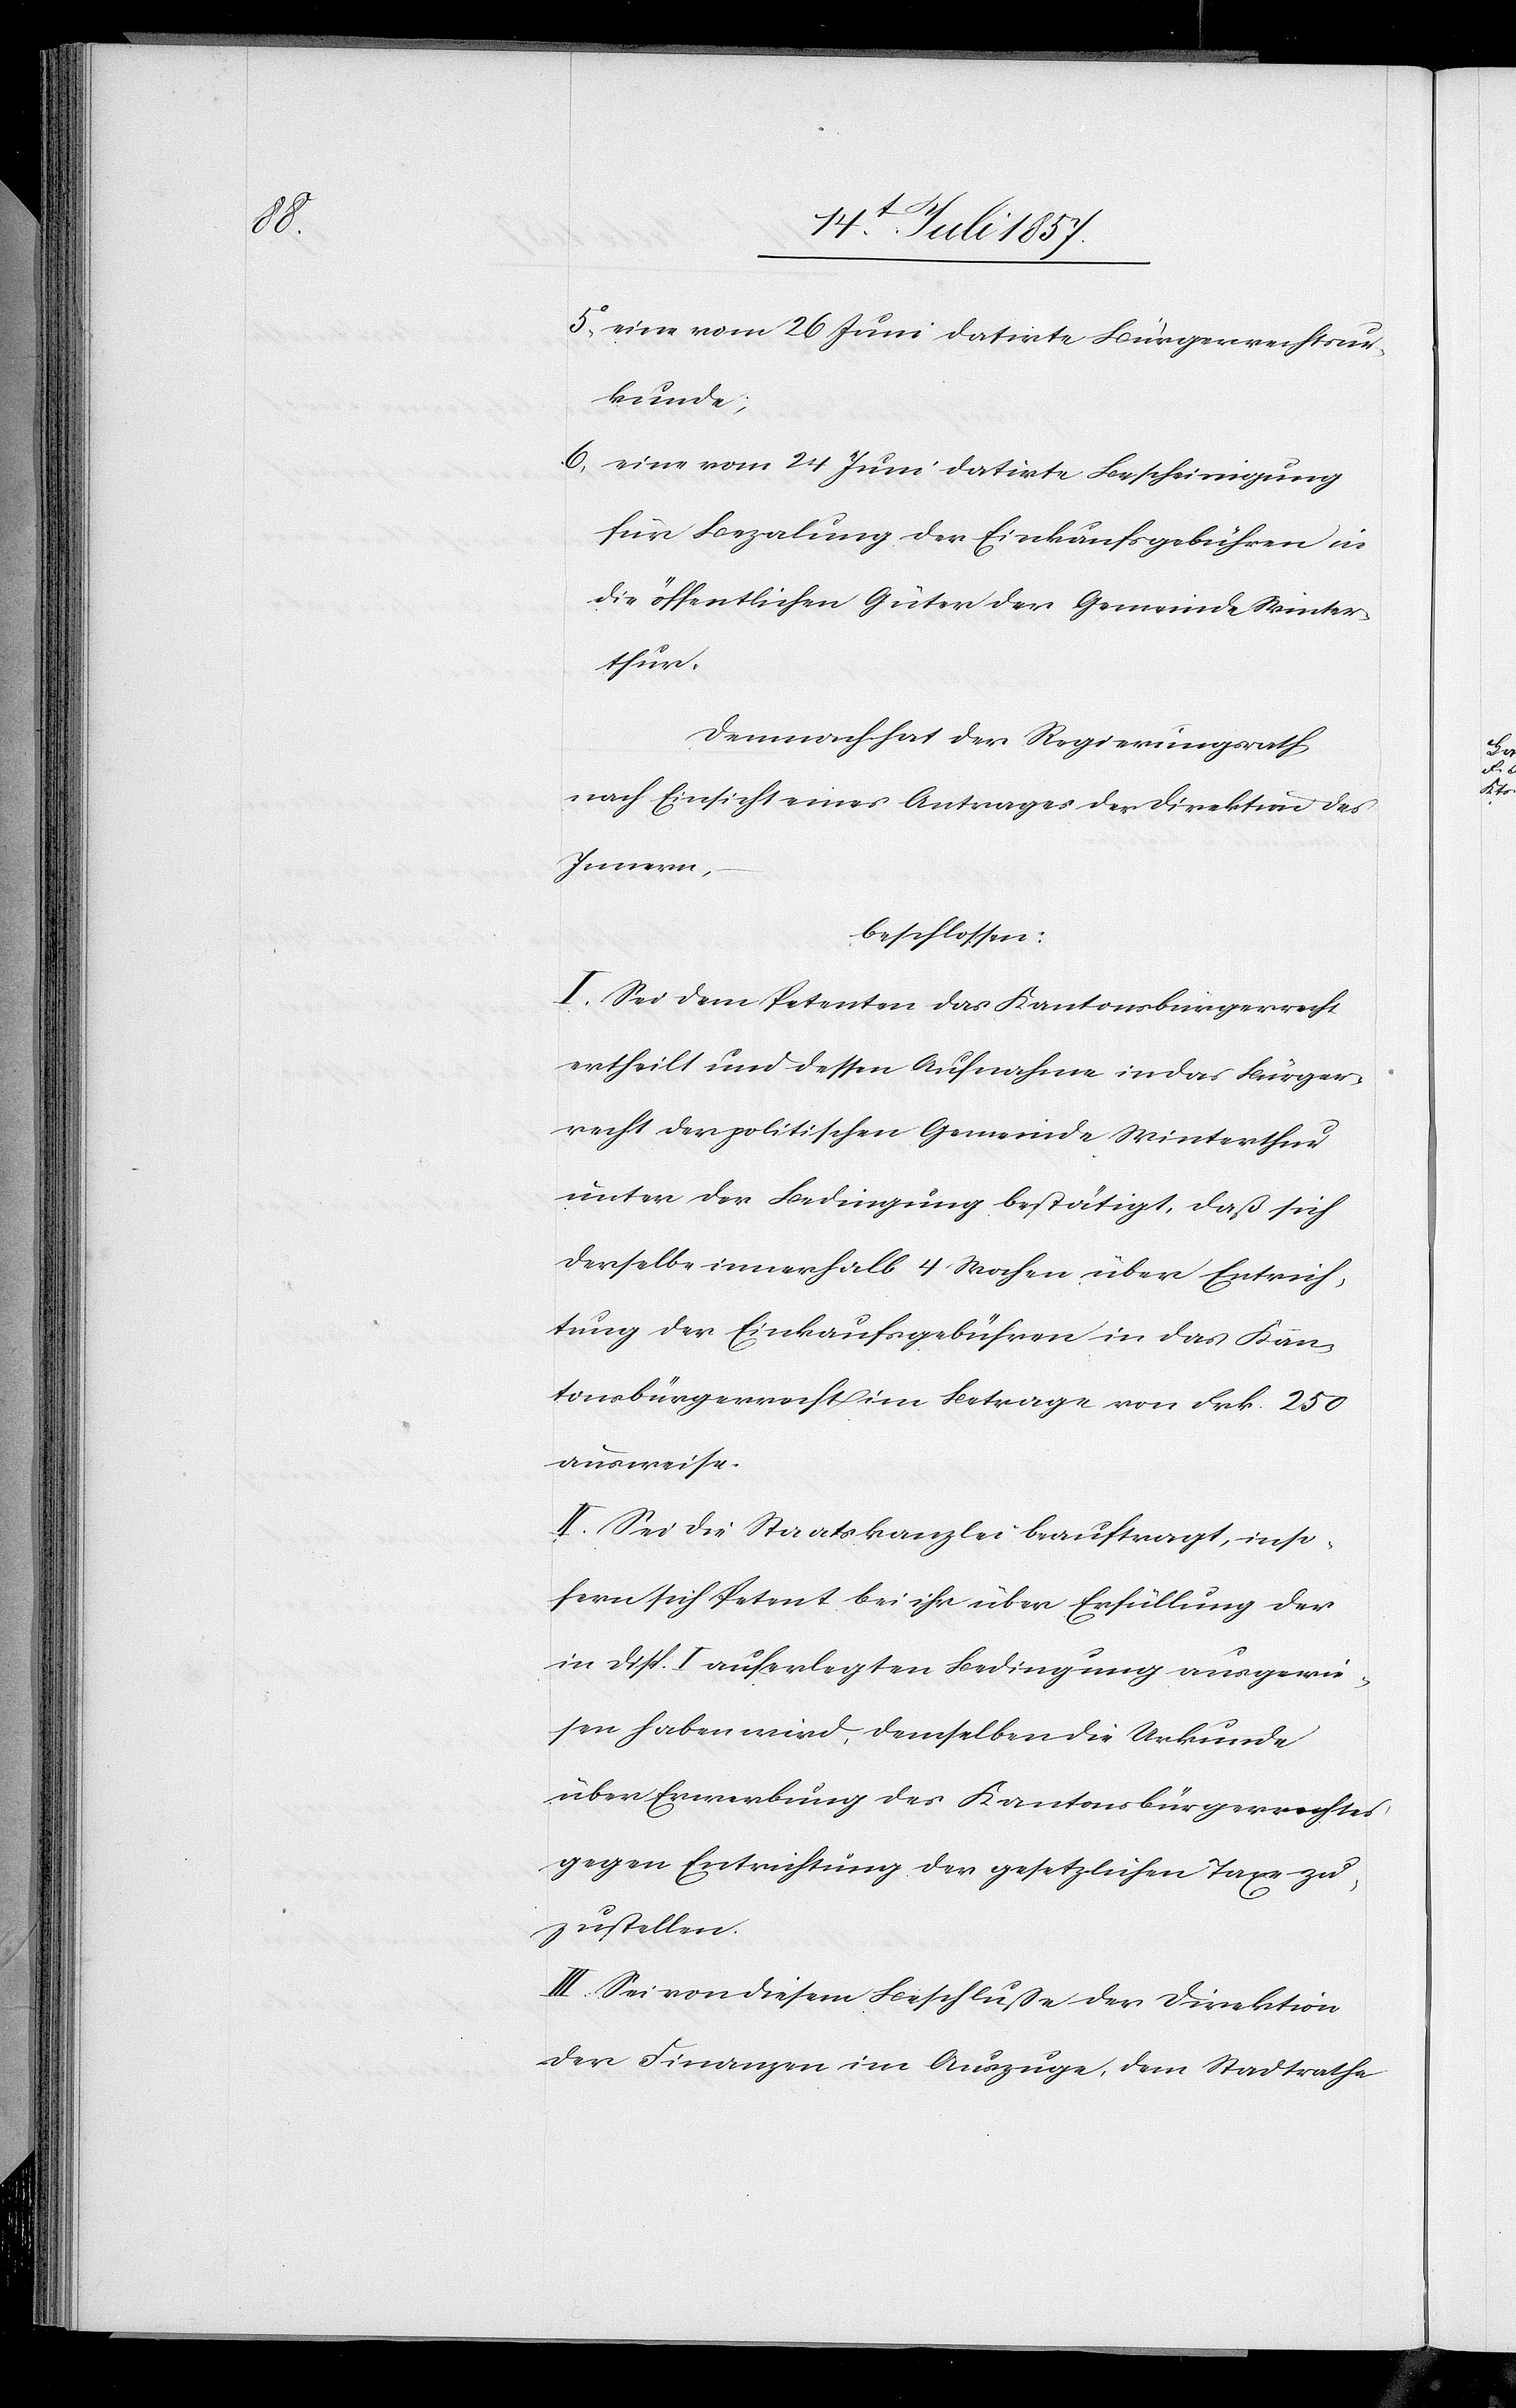
5. eine vom 26 Juni datirte Bürgerrechtsur¬
kunde;
6. eine vom 24 Juni datirte Bescheinigung
für Bezalung der Einkaufsgebühren in
die öffentlichen Güter der Gemeinde Winter¬
thur.
Demnach hat der Regierungsrath,
nach Einsicht eines Antrages der Direktion des
Innern,
beschlossen:
I. Sei dem Petenten das Kantonsbürgerrecht
ertheilt und dessen Aufnahme in das Bürger¬
recht der politischen Gemeinde Winterthur
unter der Bedingung bestätigt, daß sich
derselbe innerhalb 4 Wochen über Entrich¬
tung der Einkaufsgebühren in das Kan¬
tonsbürgerrecht im Betrage von Frk. 250
ausweise.
II. Sei die Staatskanzlei beauftragt, inso¬
fern sich Petent bei ihr über Erfüllung der
in Disp. I auferlegten Bedingung ausgewie¬
sen haben wird, demselben die Urkunde
über Erwerbung des Kantonsbürgerrechtes,
gegen Entrichtung der gesetzlichen Taxe zu¬
zustellen.
III. Sei von diesem Beschlusse der Direktion
der Finanzen im Auszuge, dem Stadtrathe